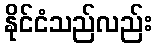
နိုင်ငံသည်လည်း